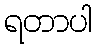
ရတာပါ